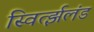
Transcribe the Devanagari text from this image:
स्विर्त्झलंड